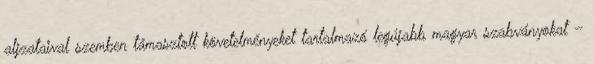
aljzataival szemben támasztott követelményeket tartalmazó legújabb magyar szabványokat –